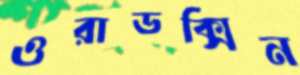
ওরাডক্সিন